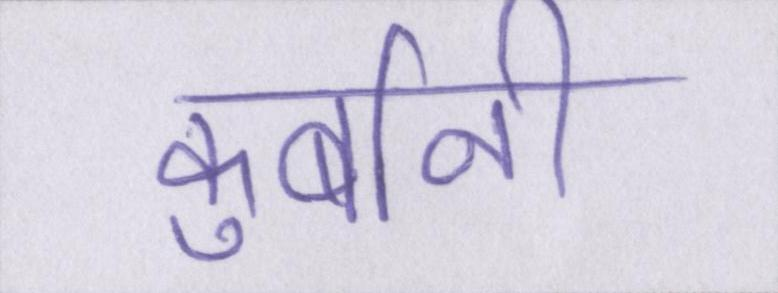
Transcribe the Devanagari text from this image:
कुर्बानी